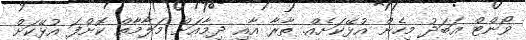
ވޯންޓް އަބަދު މިހެން އުޅޭކަށެއް. ތާރާ އާއި ދިމާއަށް މަލާމާތް ކޮށްފަ އުޅޭކަށް